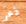
ذعر